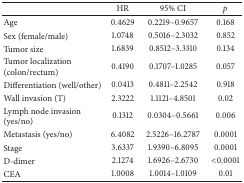
<table><thead><tr><td><b> </b></td><td><b>HR</b></td><td><b>95% CI</b></td><td><b><i>p</i></b></td></tr></thead><tbody><tr><td>Age</td><td>0.4629</td><td>0.2219–0.9657</td><td>0.168</td></tr><tr><td>Sex (female/male)</td><td>1.0748</td><td>0.5016–2.3032</td><td>0.852</td></tr><tr><td>Tumor size</td><td>1.6839</td><td>0.8512–3.3310</td><td>0.134</td></tr><tr><td>Tumor localization (colon/rectum)</td><td>0.4190</td><td>0.1707–1.0285</td><td>0.057</td></tr><tr><td>Differentiation (well/other)</td><td>0.0413</td><td>0.4811–2.2542</td><td>0.918</td></tr><tr><td>Wall invasion (T)</td><td>2.3222</td><td>1.1121–4.8501</td><td>0.02</td></tr><tr><td>Lymph node invasion (yes/no)</td><td>0.1312</td><td>0.0304–0.5661</td><td>0.006</td></tr><tr><td>Metastasis (yes/no)</td><td>6.4082</td><td>2.5226–16.2787</td><td>0.0001</td></tr><tr><td>Stage </td><td>3.6337</td><td>1.9390–6.8095</td><td>0.0001</td></tr><tr><td>D-dimer</td><td>2.1274</td><td>1.6926–2.6730</td><td>&lt;0.0001</td></tr><tr><td>CEA</td><td>1.0008</td><td>1.0014–1.0109</td><td>0.01</td></tr></tbody></table>